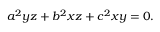
a ^ { 2 } y z + b ^ { 2 } x z + c ^ { 2 } x y = 0 .